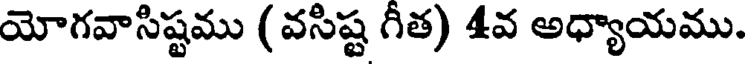
యోగవాసిష్టము ( వసిష్ట గీత) 4వ అధ్యాయము.